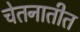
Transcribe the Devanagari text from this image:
चेतनातीत